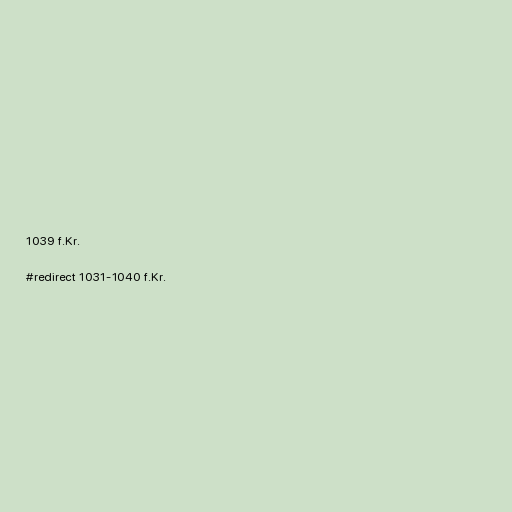
1039 f.Kr.

#redirect 1031-1040 f.Kr.